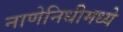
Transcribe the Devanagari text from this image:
नाणेनिधीमध्ये